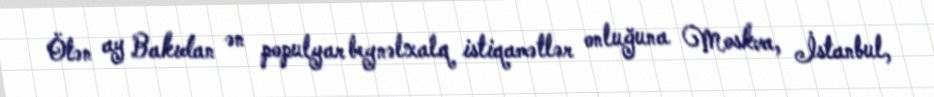
Ötən ay Bakıdan ən populyar beynəlxalq istiqamətlər onluğuna Moskva, İstanbul,